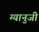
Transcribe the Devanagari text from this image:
ग्यानुजी